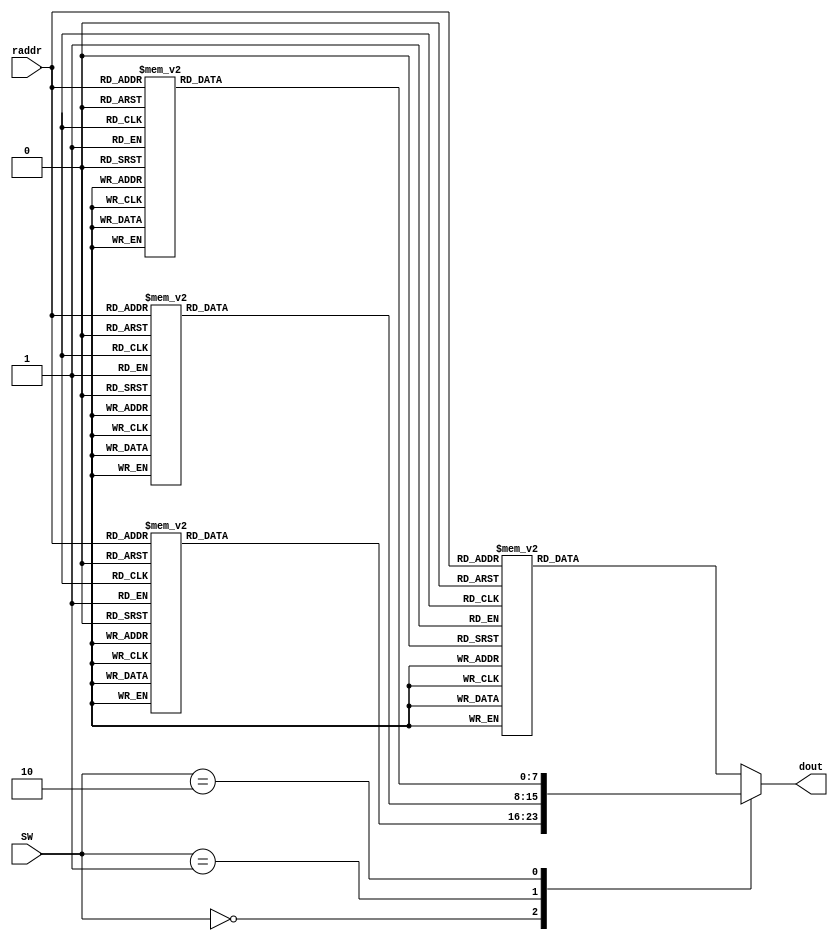
module LCD_message (
	input		   [1:0] SW,
	input			[4:0] raddr,
	output reg	[7:0]	dout
	);
	
   always @(raddr, SW)
		case (SW[1:0])
		
			0: begin
				case(raddr)
					0: dout = "M";
					1: dout = "o";
					2: dout = "d";
					3: dout = "e";
					4: dout = ":";
					16: dout = "E";
					17: dout = "a";
					18: dout = "s";
					19: dout = "y";
					default: dout = " ";
				endcase
			end
			
			1: begin
				case(raddr)
					0: dout = "M";
					1: dout = "o";
					2: dout = "d";
					3: dout = "e";
					4: dout = ":";
					16: dout = "M";
					17: dout = "e";
					18: dout = "d";
					19: dout = "i";
					20: dout = "u";
					21: dout = "m";
					default: dout = " ";
				endcase
			end
			
			2: begin
				case(raddr)
					0: dout = "M";
					1: dout = "o";
					2: dout = "d";
					3: dout = "e";
					4: dout = ":";
					16: dout = "H";
					17: dout = "a";
					18: dout = "r";
					19: dout = "d";
					default: dout = " ";
				endcase
			end
			
			default: begin
				case(raddr)
					0: dout = "M";
					1: dout = "o";
					2: dout = "d";
					3: dout = "e";
					4: dout = ":";
					16: dout = "E";
					17: dout = "X";
					18: dout = "T";
					19: dout = "R";
					20: dout = "E";
					21: dout = "M";
					22: dout = "E";
					default: dout = " ";
				endcase
			end
		endcase
	
endmodule